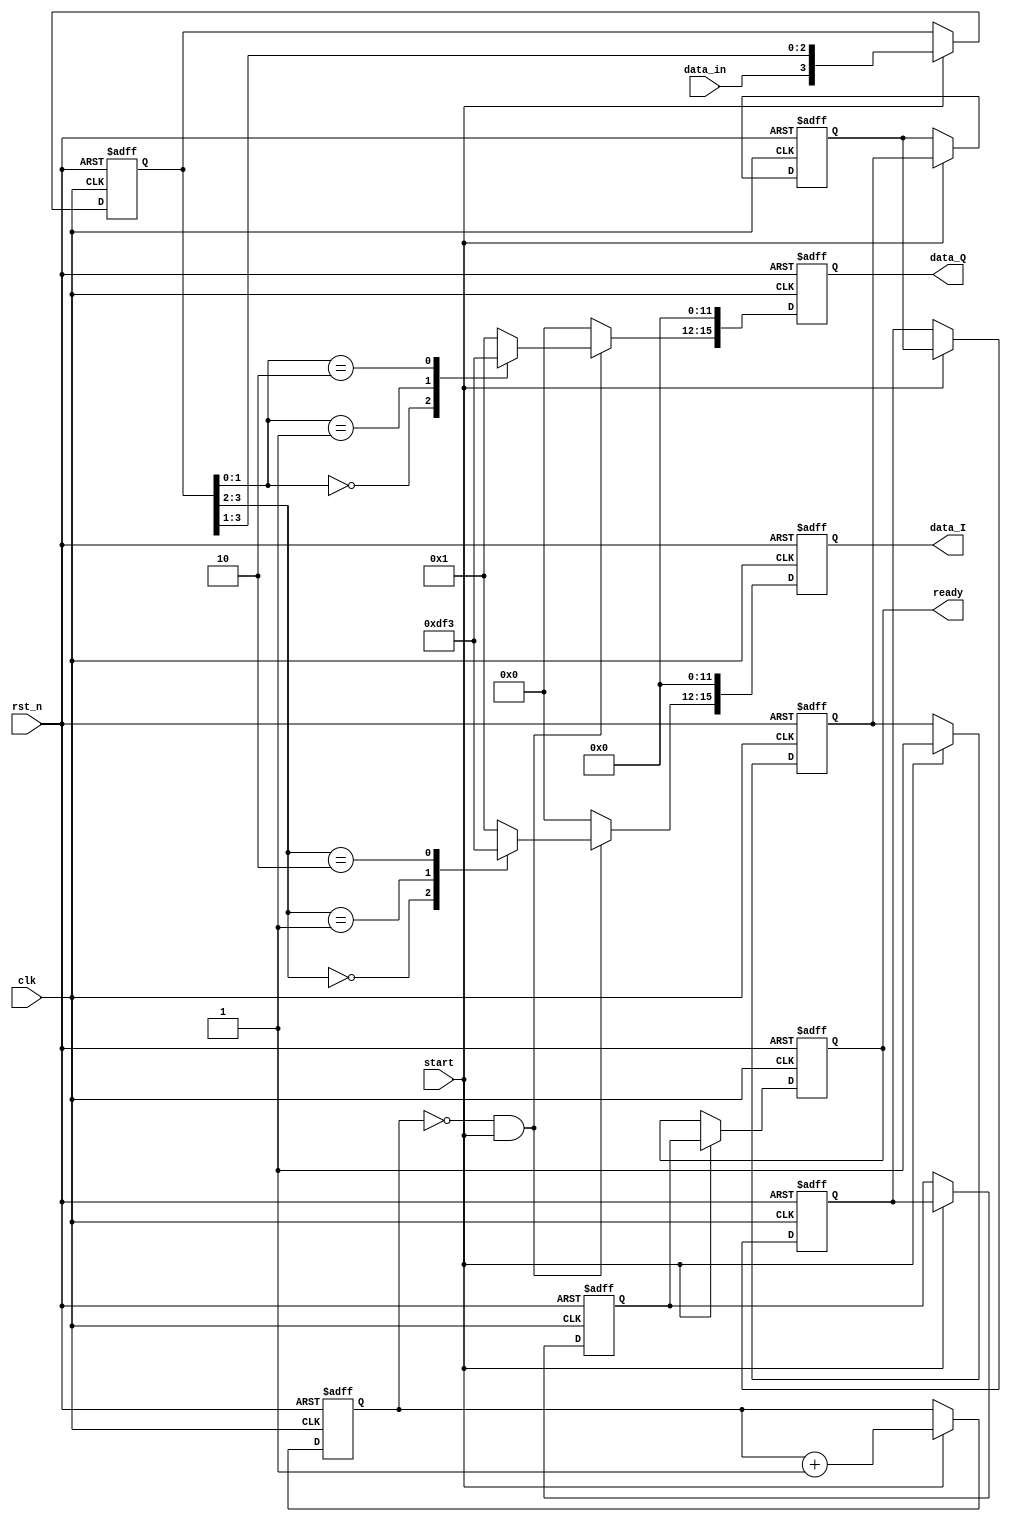
module mapper
#(
	parameter width_data = 16
)
(
	input									data_in,
	input									clk,
	input									rst_n,
	input									start,
	output reg [width_data-1:0]	data_I,
	output reg [width_data-1:0]	data_Q,
	output reg							ready
);
	wire		data_in_wire;//Day noi voi data_in
	reg		[3:0]	reg_sh;//thanh ghi dich
	reg		[1:0]	count;
	reg		[3:0] reg_I,reg_Q;
	reg	start_a,start_b,start_c,start_d;
	
	assign data_in_wire = (start) ?	data_in : 1'b0;
	
	always @ (posedge clk or negedge rst_n)begin	//Khoi tao count va dich thanh ghi reg_sh
		if(!rst_n)begin
				count<=0;
				reg_sh<=0;
		end
		else if(start) begin
				count<=count+1;
				reg_sh<={data_in_wire,reg_sh[3:1]};
		end
	end
	
	always @ (posedge clk or negedge rst_n)begin //xu ly ready
		if(!rst_n)begin
			ready<=0;
			start_a<=0;
			start_b<=0;
			start_c<=0;
			start_d<=0;
		end
		else if(start) begin
			start_a<=1;
			start_b<=start_a;
			start_c<=start_b;
			start_d<=start_c;
			ready<=start_d;
		end
	end
	
	always @ (posedge clk or negedge rst_n)begin//data out
		if(!rst_n)begin
			data_I<=0;
			data_Q<=0;
		end
		else begin
			data_I<={reg_I,12'b0};
			data_Q<={reg_Q,12'b0};
		end
	end
	
	always @ (count or reg_sh or start)begin	// Mapper
		if((count==0)&&(start))begin
				case(reg_sh[3:2])
					2'b00:
							reg_I=-4'd3;
					2'b01:
							reg_I=-4'd1;
					2'b10:
							reg_I=4'd3;
					default:
							reg_I=4'd1;
				endcase
				
				case(reg_sh[1:0])
					2'b00:
							reg_Q=-4'd3;
					2'b01:
							reg_Q=-4'd1;
					2'b10:
							reg_Q=4'd3;
					default:
							reg_Q=4'd1;
				endcase
		end
		else begin
				reg_I=4'b0000;
				reg_Q=4'b0000;
		end
	end
	endmodule